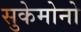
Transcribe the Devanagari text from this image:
सुकेमोनो